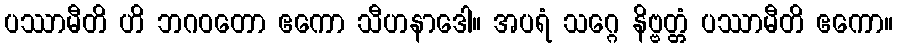
ပဿာမီတိ ဟိ ဘဂဝတော ဧကော သီဟနာဒေါ။ အပရံ သဂ္ဂေ နိဗ္ဗတ္တံ ပဿာမီတိ ဧကော။